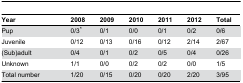
| Year | 2008 | 2009 | 2010 | 2011 | 2012 | Total |
 | --- | --- | --- | --- | --- | --- | --- |
 | Pup | 0/3* | 0/1 | 0/0 | 0/1 | 0/2 | 0/6 |
 | Juvenile | 0/12 | 0/13 | 0/16 | 0/12 | 2/14 | 2/67 |
 | (Sub)adult | 0/4 | 0/1 | 0/2 | 0/5 | 0/4 | 0/26 |
 | Unknown | 1/1 | 0/0 | 0/2 | 0/2 | 0/0 | 1/5 |
 | Total number | 1/20 | 0/15 | 0/20 | 0/20 | 2/20 | 3/95 |